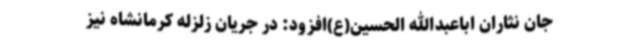
جان نثاران اباعبدالله الحسین(ع)افزود: در جریان زلزله کرمانشاه نیز